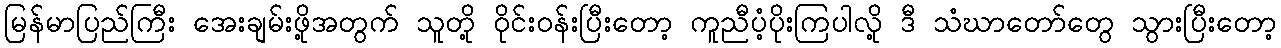
မြန်မာပြည်ကြီး အေးချမ်းဖို့အတွက် သူတို့ ဝိုင်းဝန်းပြီးတော့ ကူညီပံ့ပိုးကြပါလို့ ဒီ သံဃာတော်တွေ သွားပြီးတော့